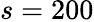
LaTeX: s=200